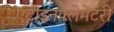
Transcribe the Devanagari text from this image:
एंटीइनफ्लेमेटरी